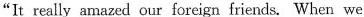
"It really amazed our foreign friends.When we